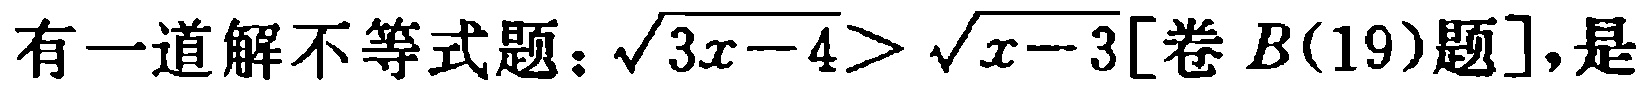
有一道解不等式题：\(\sqrt{3x - 4}>\sqrt{x - 3}[\text{卷} B(19)\text{题}]\)，是